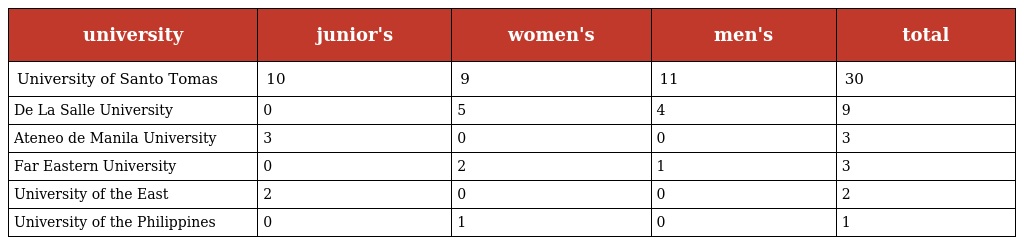
| university | junior's | women's | men's | total |
 | --- | --- | --- | --- | --- |
 | University of Santo Tomas | 10 | 9 | 11 | 30 |
 | De La Salle University | 0 | 5 | 4 | 9 |
 | Ateneo de Manila University | 3 | 0 | 0 | 3 |
 | Far Eastern University | 0 | 2 | 1 | 3 |
 | University of the East | 2 | 0 | 0 | 2 |
 | University of the Philippines | 0 | 1 | 0 | 1 |